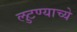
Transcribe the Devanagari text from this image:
लुटण्याच्ये